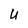
Character: U